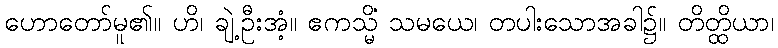
ဟောတော်မူ၏။ ဟိ၊ ချဲ့ဦးအံ့။ ဧကသ္မိံ သမယေ၊ တပါးသောအခါ၌။ တိတ္ထိယာ၊